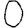
Digit: 0